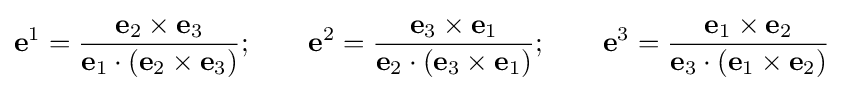
\mathbf {e} ^{1}={\frac {\mathbf {e} _{2}\times \mathbf {e} _{3}}{\mathbf {e} _{1}\cdot (\mathbf {e} _{2}\times \mathbf {e} _{3})}};\qquad \mathbf {e} ^{2}={\frac {\mathbf {e} _{3}\times \mathbf {e} _{1}}{\mathbf {e} _{2}\cdot (\mathbf {e} _{3}\times \mathbf {e} _{1})}};\qquad \mathbf {e} ^{3}={\frac {\mathbf {e} _{1}\times \mathbf {e} _{2}}{\mathbf {e} _{3}\cdot (\mathbf {e} _{1}\times \mathbf {e} _{2})}}